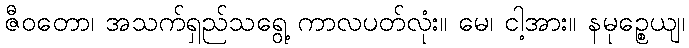
ဇီဝတော၊ အသက်ရှည်သရွေ့ ကာလပတ်လုံး။ မေ၊ ငါ့အား။ နမုဉ္စေယျ၊